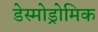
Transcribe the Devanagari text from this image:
डेस्मोड्रोमिक